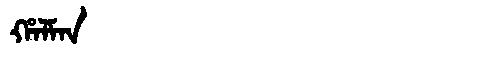
Manchu: ᡥᠠᠯᠮᠠᠨ
Romanization: HALMAN